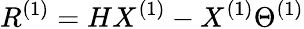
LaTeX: R^{(1)}=HX^{(1)}-X^{(1)}\Theta^{(1)}